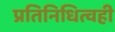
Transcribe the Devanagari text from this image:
प्रतिनिधित्वही